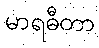
မာရဓီတာ